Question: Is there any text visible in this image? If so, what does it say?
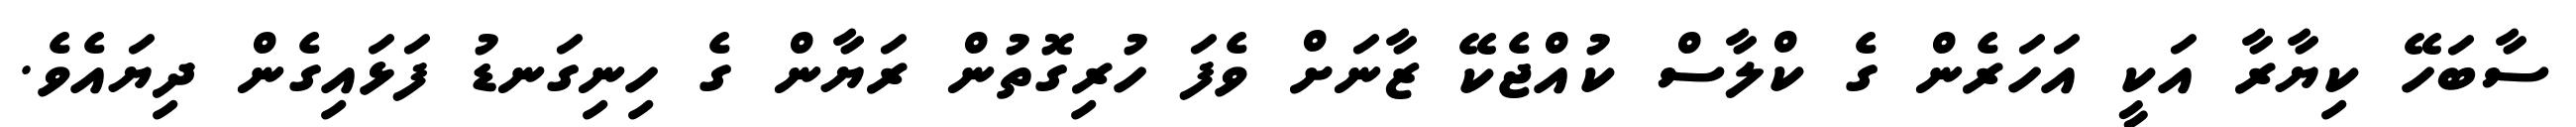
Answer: ސާބަހޭ ކިޔާރާ އަކީ އަހަރެން ގެ ކްލާސް ކުއްޖެކޭ ޒާނަށް ވެފަ ހުރިގޮތުން ރަޔާން ގެ ހިނިގަނޑު ފަޅައިގެން ދިޔައެވެ.